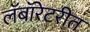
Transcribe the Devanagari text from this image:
लॅबॉरेटरीत